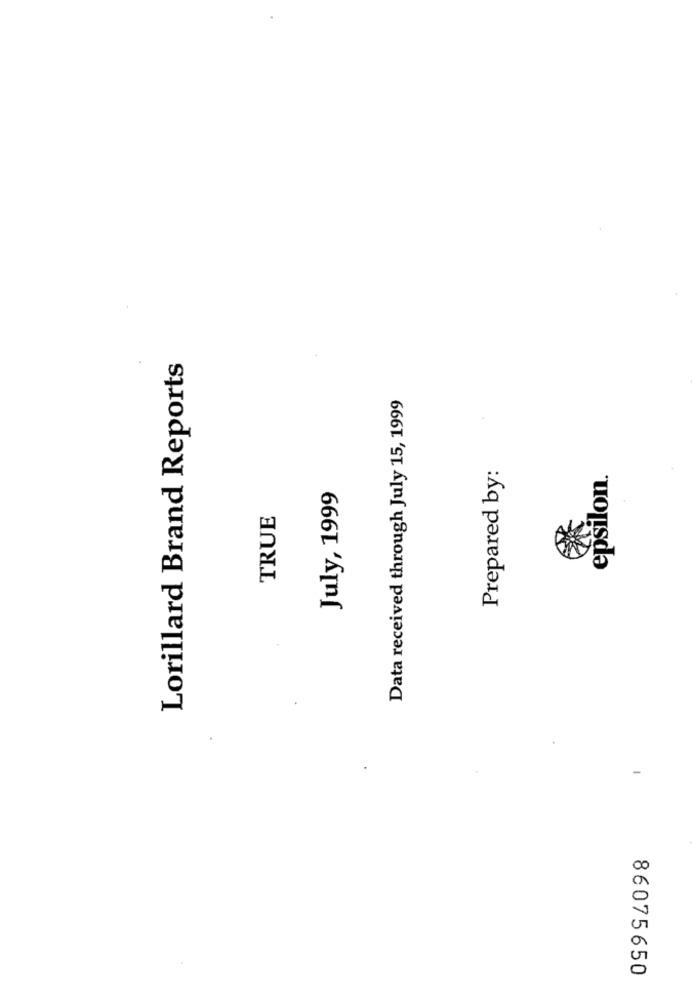
Lorillard Brand Reports
Data received through July 15, 1999
Prepared by:
epsilon.
July, 1999
TRUE
86075650